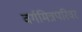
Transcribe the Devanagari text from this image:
वर्गमित्रपरिवर